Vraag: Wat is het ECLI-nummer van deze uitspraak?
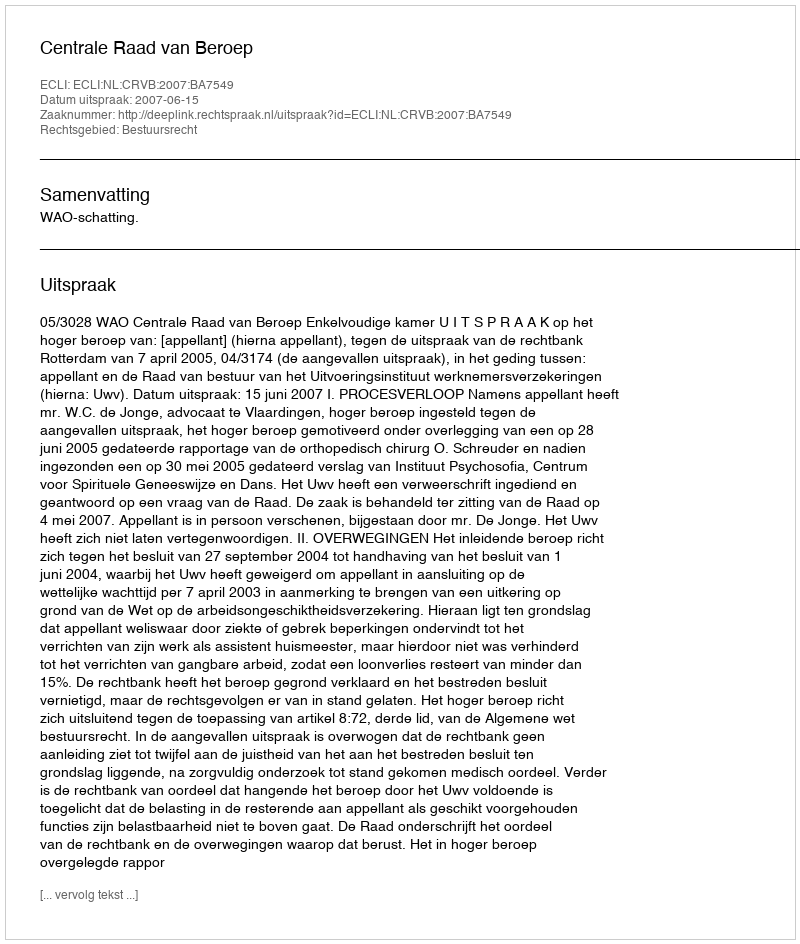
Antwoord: ECLI:NL:CRVB:2007:BA7549